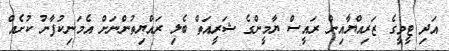
އަދި ޓީވީގެ ޒަރިއްޔާއިން ރައީސް ޔާމީންގެ ޝަރީއަތް ބެލި ރައްޔިތުންނަށް އެމަނިކުފާނު ކުށެެއް